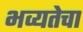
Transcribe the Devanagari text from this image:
भव्यतेचा